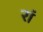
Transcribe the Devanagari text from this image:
रां